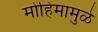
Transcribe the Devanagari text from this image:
मोहिंमामुळे